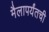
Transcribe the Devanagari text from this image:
मैलापर्यंतची